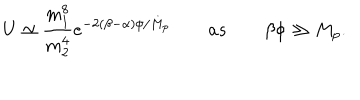
U \simeq \frac { m _ { 1 } ^ { 8 } } { m _ { 2 } ^ { 4 } } e ^ { - 2 ( \beta - \alpha ) \phi / M _ { p } } \qquad a s \qquad \beta \phi \gg M _ { p } .